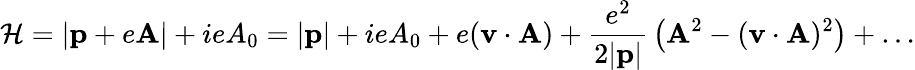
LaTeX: {\cal H}=|{\mathbf p}+e{\mathbf A}|+ieA_{0}=|{\mathbf p}|+ieA_{0}+e({\mathbf v}\cdot{\mathbf A})+{\frac{e^{2}}{2|{\mathbf p}|}}\left({\mathbf A}^{2}-({\mathbf v}\cdot{\mathbf A})^{2}\right)+\ldots